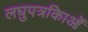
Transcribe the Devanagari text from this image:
लघुपत्रकिाओं